Senior Leaving Certificate Examination (including Day School Certificate (Higher) General paper), 1949
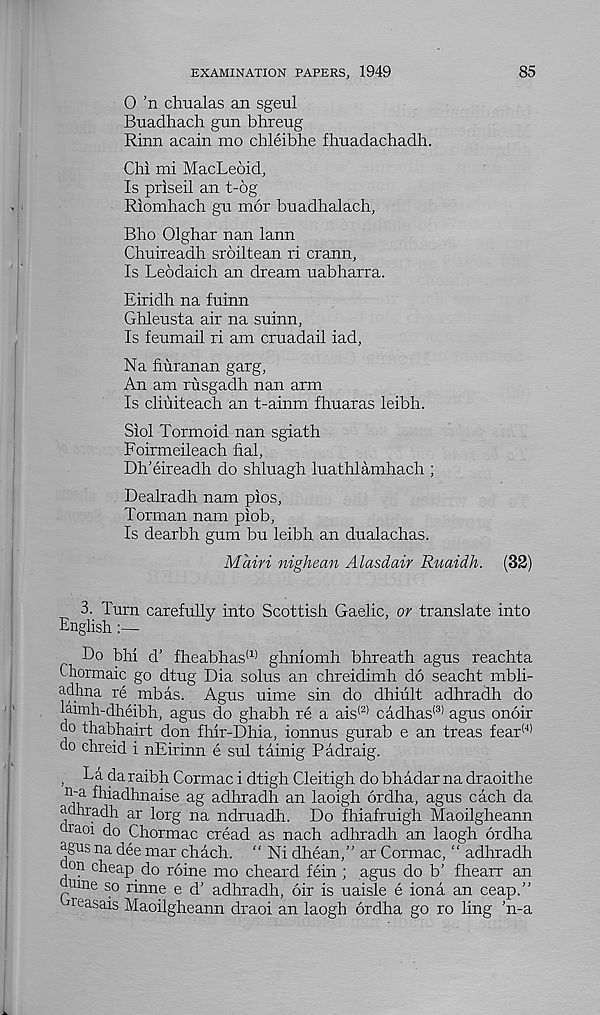
EXAMINATION PAPERS, 1949
85
0 ’n chualas an sgeul
Buadhach gun bhreug
Rinn acain mo chleibhe fhuadachadh.
Chi mi MacLeoid,
Is priseil an t-6g
Riomhach gu mor buadhalach,
Bho Olghar nan lann
Chuireadh sroiltean ri crann,
Is Leodaich an dream uabharra.
Eiridh na fuinn
Ghleusta air na suinn,
Is feumail ri am cruadail iad,
Na fiuranan garg,
An am rusgadh nan arm
Is cliuiteach an t-ainm fhuaras leibh.
Siol Tormoid nan sgiath
Foirmeileach fial,
Dh'eireadh do shluagh luathlamhach ;
Dealradh nam pios,
Torman nam piob,
Is dearbh gum bu leibh an dualachas.
Main nighean Alasdair Ruaidh. (32)
3. Turn carefully into Scottish Gaelic, or translate into
English
Do bhi d’ fheabhas (1) ghniomh bhreath agus reachta
Chormaic go dtug Dia solus an chreidimh do seacht mbli-
adhna re mb as. Agus uime sin do dhiult adhradh do
iaimh-dheibh, agus do ghabh re a ais (2) cadhas (3) agus onoir
do thabhairt don fhir-Dhia, ionnus gurab e an treas fear (4)
do chreid i nEirinn e sul tainig Padraig.
, La da raibh Cormac i dtigh Cleitigh do bhadar na draoithe
n-a fhiadhnaise ag adhradh an laoigh ordha, agus each da
adhradh ar lorg na ndruadh. Do fhiafruigh Maoilgheann
rao1 do Chormac cread as nach adhradh an laogh ordha
agns na dee mar chach. “ Ni dhean,” ar Cormac, “ adhradh
on cheap do roine mo cheat'd fein ; agus do b’ fhearr an
nine so rinne e d’ adhradh, 6ir is uaisle e iona an ceap.”
ieasais Maoilgheann draoi an laogh ordha go ro ling 'n-a